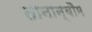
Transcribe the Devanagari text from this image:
तानान्बौम